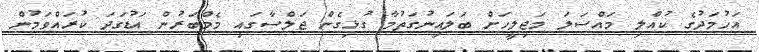
އަހުމަދުގެ ކުއްލި މައްސަލަ މަޖިލީހަށް ބަލައިނުގަތުމާ ގުޅިގެން ޖަލްސާގައި މެމްބަރުން އަޑުގަދަ ކުރައްވަމުން